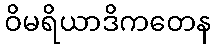
ဝိမရိယာဒိကတေန